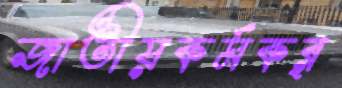
জাতীয়কর্মকর্